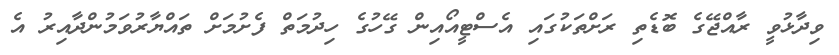
ވިދާޅުވީ ރާއްޖޭގެ ބޮޑެތި ރަށްތަކުގައި އެސްޓީއޯއިން ގޭހުގެ ހިދުމަތް ފެށުމަށް ތައްޔާރުވަމުންދާއިރު އެ